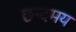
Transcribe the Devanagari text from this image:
छन्दमय